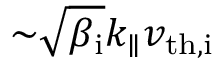
{ \sim } \sqrt { \beta _ { \mathrm { i } } } k _ { \parallel } v _ { \mathrm { t h , i } }